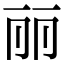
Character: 丽